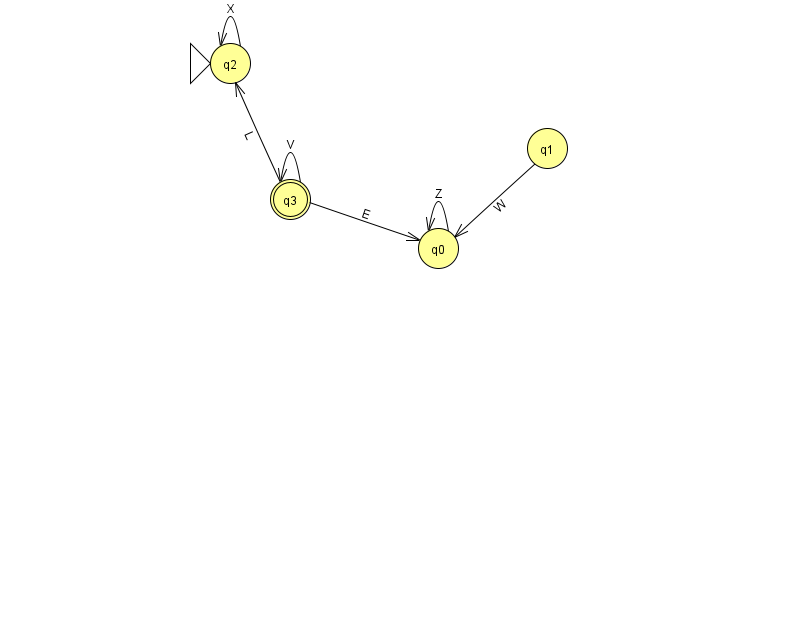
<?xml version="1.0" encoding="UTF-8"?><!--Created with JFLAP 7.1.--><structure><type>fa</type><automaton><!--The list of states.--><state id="0" name="q0"><x>438.0</x><y>235.0</y></state><state id="1" name="q1"><x>547.0</x><y>135.0</y></state><state id="2" name="q2"><x>230.0</x><y>50.0</y><initial/></state><state id="3" name="q3"><x>290.0</x><y>186.0</y><final/></state><!--The list of transitions.--><transition><from>3</from><to>0</to><read>E</read></transition><transition><from>3</from><to>3</to><read>V</read></transition><transition><from>2</from><to>2</to><read>X</read></transition><transition><from>0</from><to>0</to><read>Z</read></transition><transition><from>3</from><to>2</to><read>L</read></transition><transition><from>1</from><to>0</to><read>W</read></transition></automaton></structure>